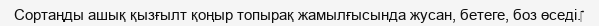
Сортаңды ашық қызғылт қоңыр топырақ жамылғысында жусан, бетеге, боз өседі.‎